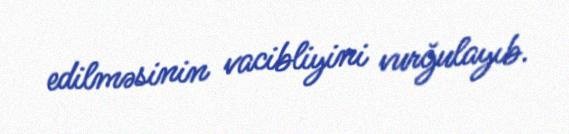
edilməsinin vacibliyini vurğulayıb.